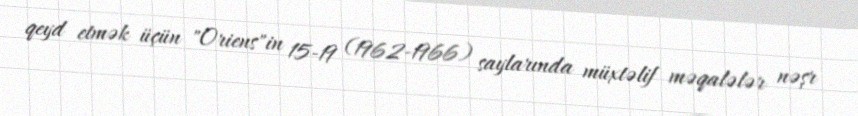
qeyd etmək üçün "Oriens"in 15-19 (1962-1966) saylarında müxtəlif məqalələr nəşr